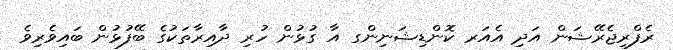
ރެފްރިޖެރޭޝަން އަދި އެއަރ ކޮންޑިޝަނިންގ އާ ގުޅުން ހުރި ދާއިރާތަކުގެ ބޭފުޅުން ބައިވެރިވެ